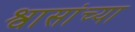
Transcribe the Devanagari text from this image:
श्वासांच्या